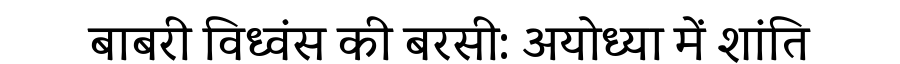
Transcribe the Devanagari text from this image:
बाबरी विध्वंस की बरसी: अयोध्या में शांति